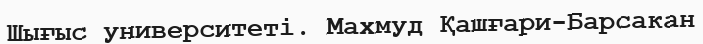
Шығыс университеті. Махмуд Қашғари-Барсакан